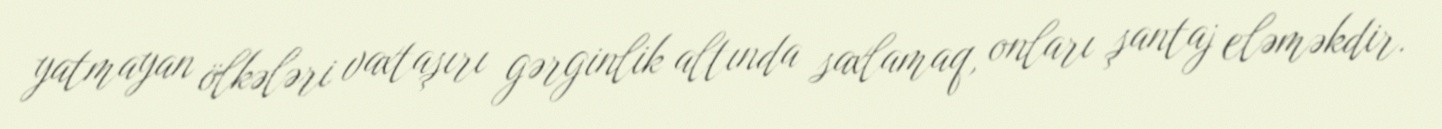
yatmayan ölkələri vaxtaşırı gərginlik altında saxlamaq, onları şantaj eləməkdir.